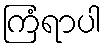
ကြံရာပါ